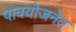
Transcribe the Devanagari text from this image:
पात्रयोजनेत